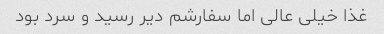
غذا خیلی عالی اما سفارشم دیر رسید و سرد بود